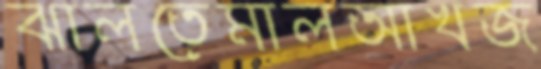
ঝালতেমালআখজ